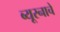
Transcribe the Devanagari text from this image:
ब्यूरनाचे